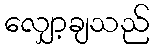
လျှော့ချသည်